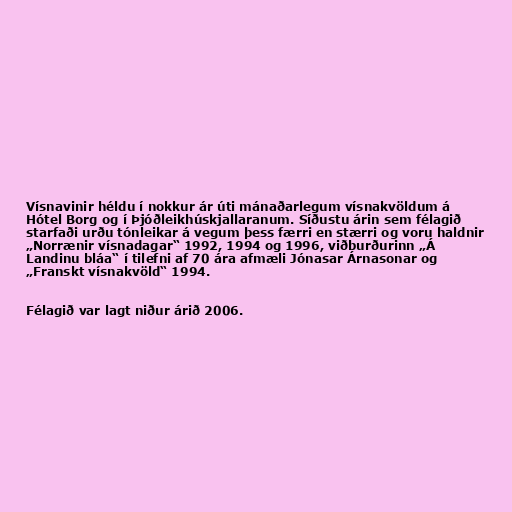
Vísnavinir héldu í nokkur ár úti mánaðarlegum vísnakvöldum á
Hótel Borg og í Þjóðleikhúskjallaranum. Síðustu árin sem félagið
starfaði urðu tónleikar á vegum þess færri en stærri og voru haldnir
„Norrænir vísnadagar“ 1992, 1994 og 1996, viðburðurinn „Á
Landinu bláa“ í tilefni af 70 ára afmæli Jónasar Árnasonar og
„Franskt vísnakvöld“ 1994.

Félagið var lagt niður árið 2006.